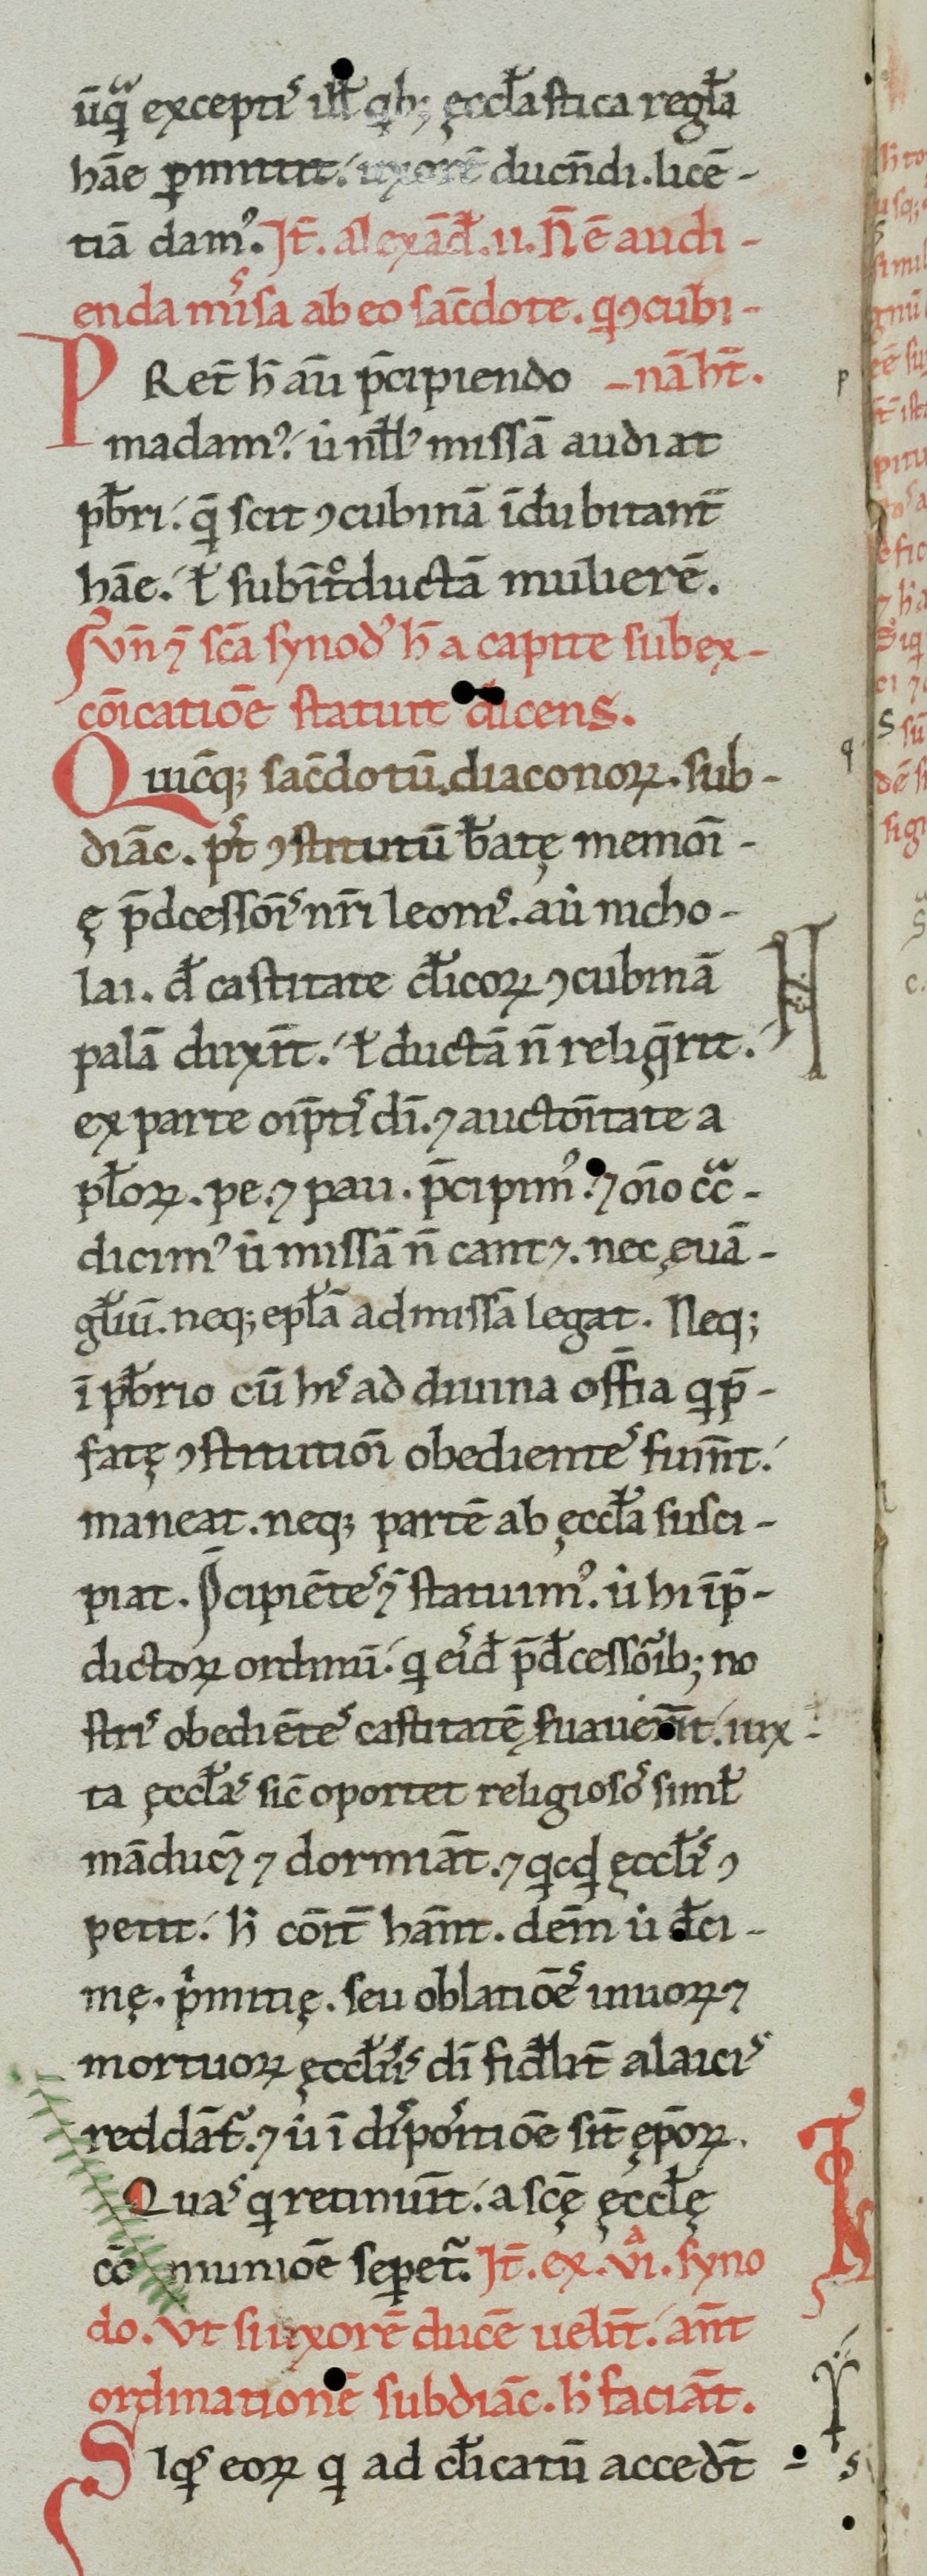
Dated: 1100–1199